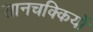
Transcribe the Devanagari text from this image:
सानचक्कियों